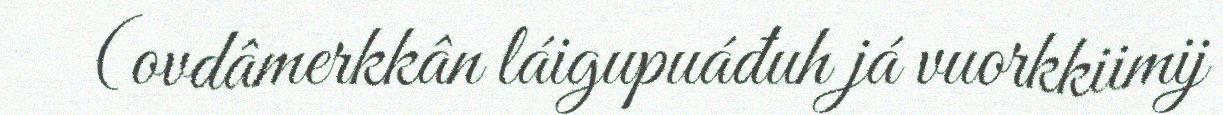
(ovdâmerkkân láigupuáđuh já vuorkkiimij